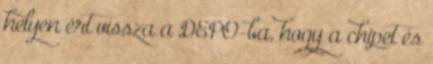
helyen ért vissza a DEPO-ba, hogy a chipet és